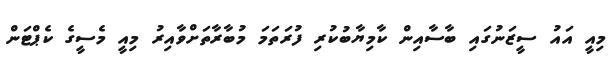
މިއީ އައު ސީޒަނުގައި ބާސާއިން ކާމިޔާބުކުރި ފުރަތަމަ މުބާރާތަށްވާއިރު މިއީ މެސީގެ ކެޕްޓަން